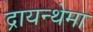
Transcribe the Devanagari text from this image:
द्रायन्थेमा